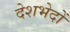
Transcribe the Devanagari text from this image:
देशभेदों